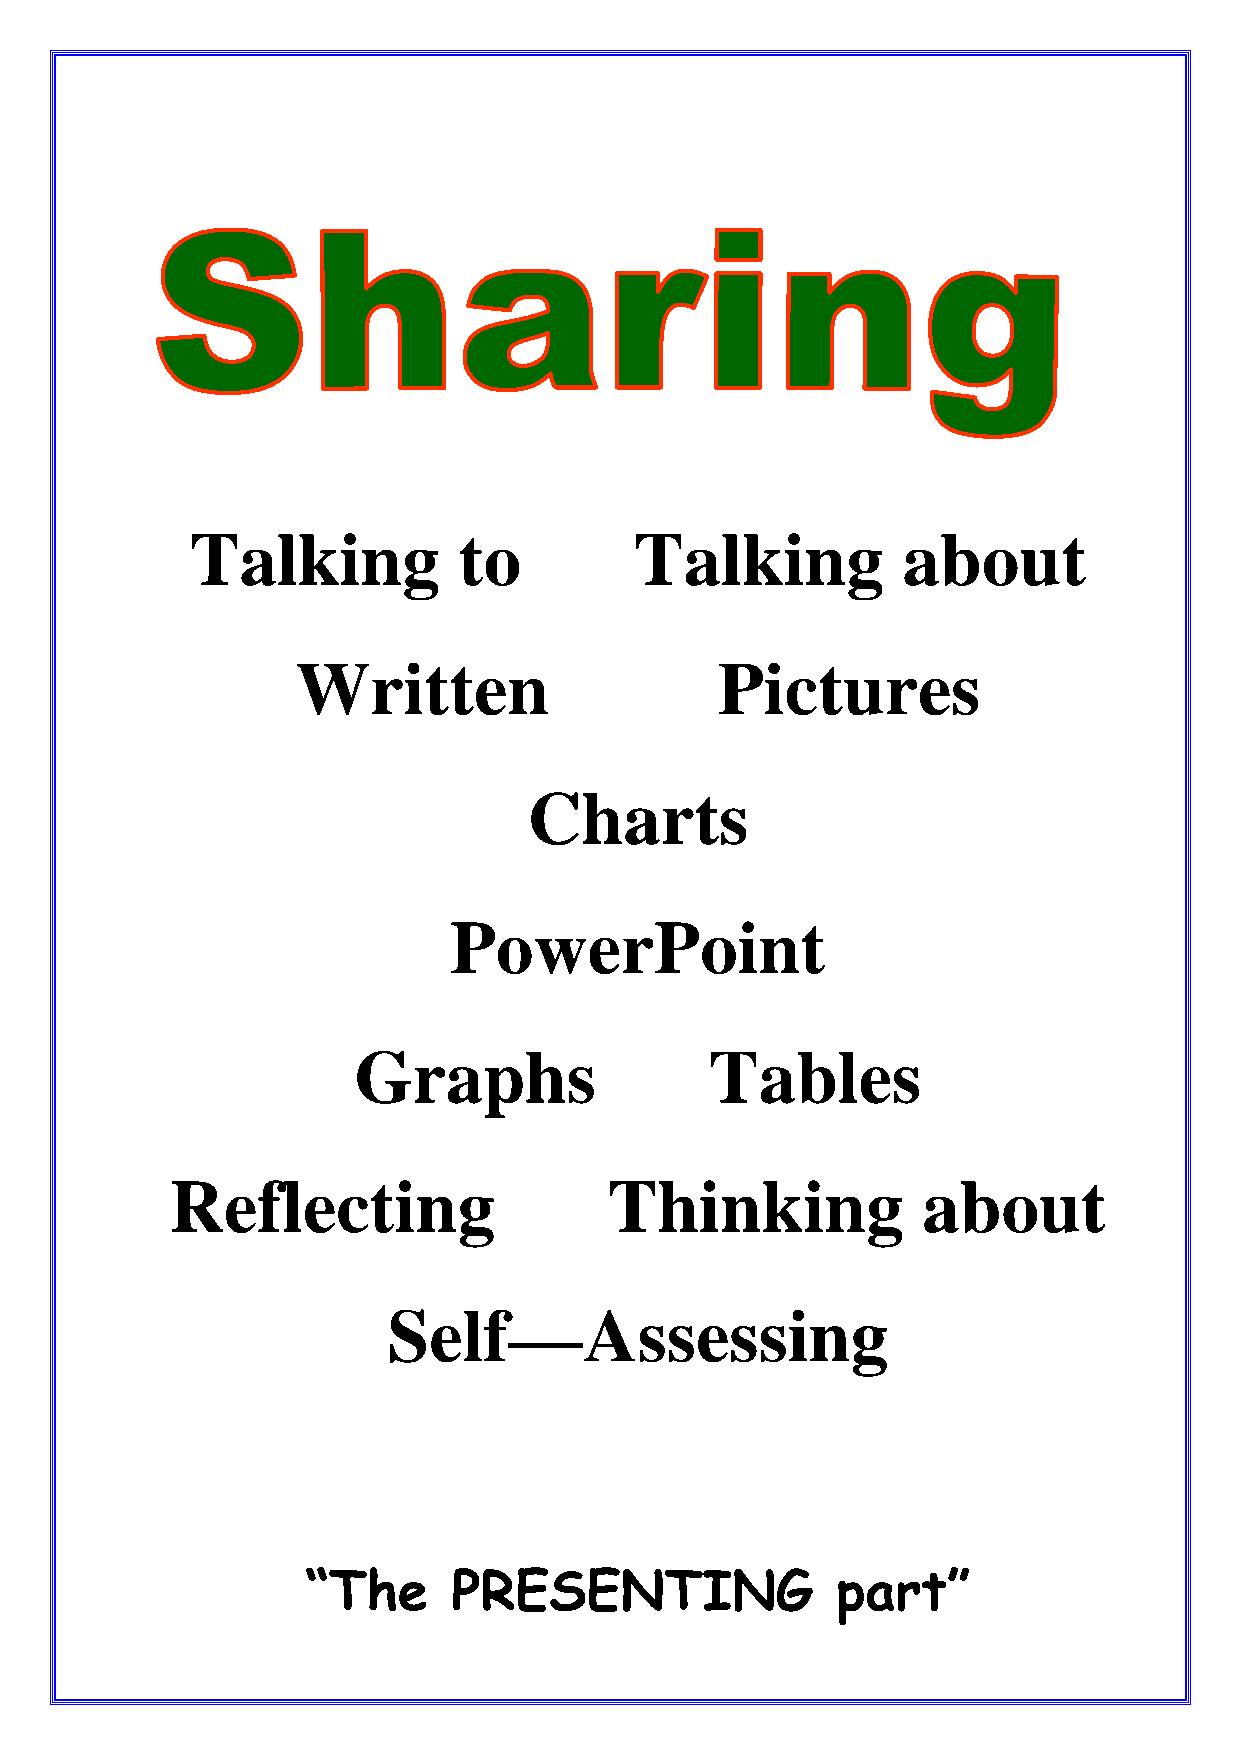
Talking          to          Talking           about
 Written                     Pictures
 Charts
 PowerPoint
 Graphs                  Tables
 Reflecting                   Thinking             about
 Self—Assessing
 “The      PRESENTING               part”